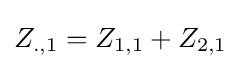
Z_{.,1}=Z_{1,1}+Z_{2,1}